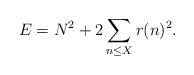
LaTeX: \begin{align*} E = N^2 + 2 \sum_{n \le X} r(n)^2.\end{align*}